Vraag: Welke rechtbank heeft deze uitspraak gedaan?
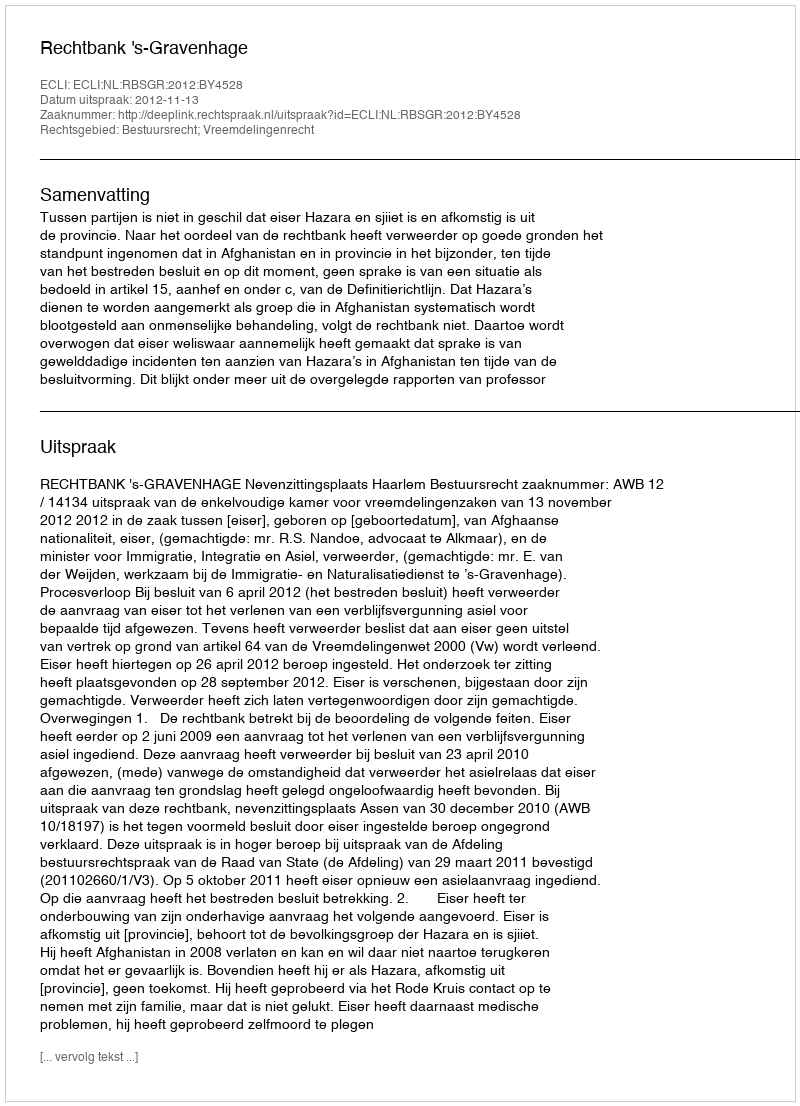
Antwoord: Rechtbank 's-Gravenhage